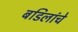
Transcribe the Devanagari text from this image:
बडिलांचे